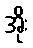
အိုး